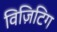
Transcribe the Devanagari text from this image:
विज़िटिग